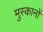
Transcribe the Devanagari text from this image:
मुस्कानों